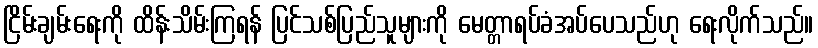
ငြိမ်းချမ်းရေးကို ထိန်းသိမ်းကြရန် ပြင်သစ်ပြည်သူများကို မေတ္တာရပ်ခံအပ်ပေသည်ဟု ရေးလိုက်သည်။